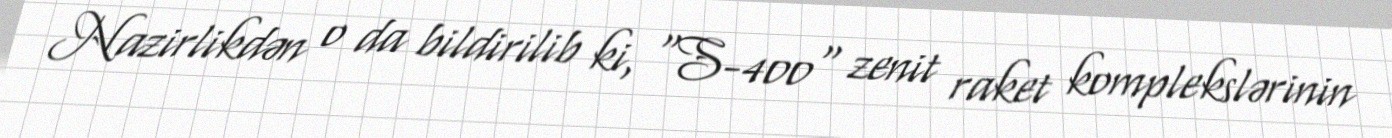
Nazirlikdən o da bildirilib ki, "S-400" zenit raket komplekslərinin